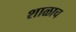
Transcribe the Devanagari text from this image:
शाळाच